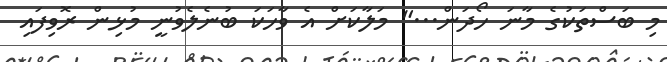
މި ބަސްތަކުގެ މާނަ ހޯދަން..." މަލާކަށް އެ ވާހަކަ ބުނެލެވުނީ މުޅިން ރޮވިފައި